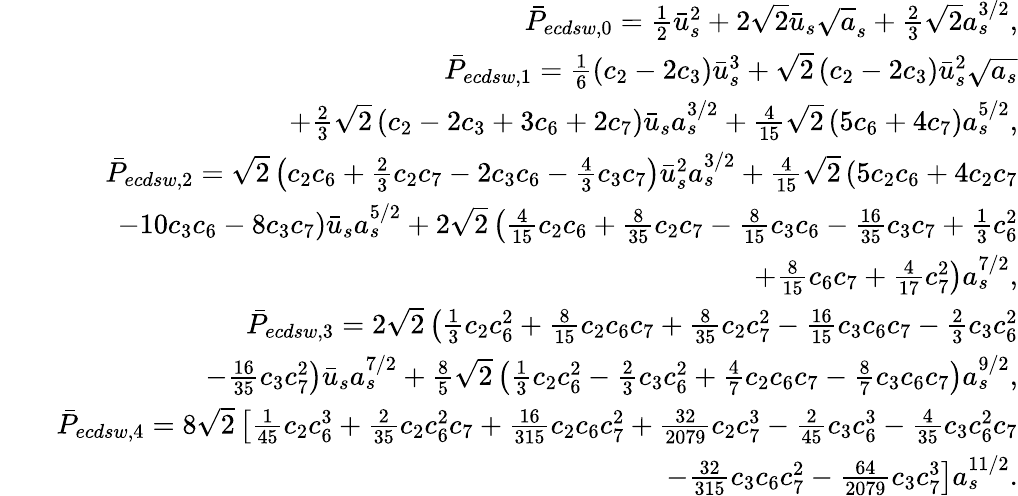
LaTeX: \begin{array}{rlr}&{}&{\bar{P}_{ecdsw,0}=\frac{1}{2}\bar{u}_{s}^{2}+2\sqrt{2}\bar{u}_{s}\sqrt{a}_{s}+\frac{2}{3}\sqrt{2}a_{s}^{3/2},}\\ &{}&{\bar{P}_{ecdsw,1}=\frac{1}{6}\left(c_{2}-2c_{3}\right)\bar{u}_{s}^{3}+\sqrt{2}\left(c_{2}-2c_{3}\right)\bar{u}_{s}^{2}\sqrt{a_{s}}}\\ &{}&{\mathrm+\frac{2}{3}\sqrt{2}\left(c_{2}-2c_{3}+3c_{6}+2c_{7}\right)\bar{u}_{s}a_{s}^{3/2}+\frac{4}{15}\sqrt{2}\left(5c_{6}+4c_{7}\right)a_{s}^{5/2},}\\ &{}&{\bar{P}_{ecdsw,2}=\sqrt{2}\left(c_{2}c_{6}+\frac{2}{3}c_{2}c_{7}-2c_{3}c_{6}-\frac{4}{3}c_{3}c_{7}\right)\bar{u}_{s}^{2}a_{s}^{3/2}+\frac{4}{15}\sqrt{2}\left(5c_{2}c_{6}+4c_{2}c_{7}\right.}\\ &{}&{\left.\mathrm-10c_{3}c_{6}-8c_{3}c_{7}\right)\bar{u}_{s}a_{s}^{5/2}+2\sqrt{2}\left(\frac{4}{15}c_{2}c_{6}+\frac{8}{35}c_{2}c_{7}-\frac{8}{15}c_{3}c_{6}-\frac{16}{35}c_{3}c_{7}+\frac{1}{3}c_{6}^{2}\right.}\\ &{}&{\left.\mathrm+\frac{8}{15}c_{6}c_{7}+\frac{4}{17}c_{7}^{2}\right)a_{s}^{7/2},}\\ &{}&{\bar{P}_{ecdsw,3}=2\sqrt{2}\left(\frac{1}{3}c_{2}c_{6}^{2}+\frac{8}{15}c_{2}c_{6}c_{7}+\frac{8}{35}c_{2}c_{7}^{2}-\frac{16}{15}c_{3}c_{6}c_{7}-\frac{2}{3}c_{3}c_{6}^{2}\right.}\\ &{}&{\left.\mathrm-\frac{16}{35}c_{3}c_{7}^{2}\right)\bar{u}_{s}a_{s}^{7/2}+\frac{8}{5}\sqrt{2}\left(\frac{1}{3}c_{2}c_{6}^{2}-\frac{2}{3}c_{3}c_{6}^{2}+\frac{4}{7}c_{2}c_{6}c_{7}-\frac{8}{7}c_{3}c_{6}c_{7}\right)a_{s}^{9/2},}\\ &{}&{\bar{P}_{ecdsw,4}=8\sqrt{2}\left[\frac{1}{45}c_{2}c_{6}^{3}+\frac{2}{35}c_{2}c_{6}^{2}c_{7}+\frac{16}{315}c_{2}c_{6}c_{7}^{2}+\frac{32}{2079}c_{2}c_{7}^{3}-\frac{2}{45}c_{3}c_{6}^{3}-\frac{4}{35}c_{3}c_{6}^{2}c_{7}\right.}\\ &{}&{\left.\mathrm-\frac{32}{315}c_{3}c_{6}c_{7}^{2}-\frac{64}{2079}c_{3}c_{7}^{3}\right]a_{s}^{11/2}.}\end{array}